65_HS1-834228961_62-HQ-83894_Section_8
Agency: FBI
Page 205
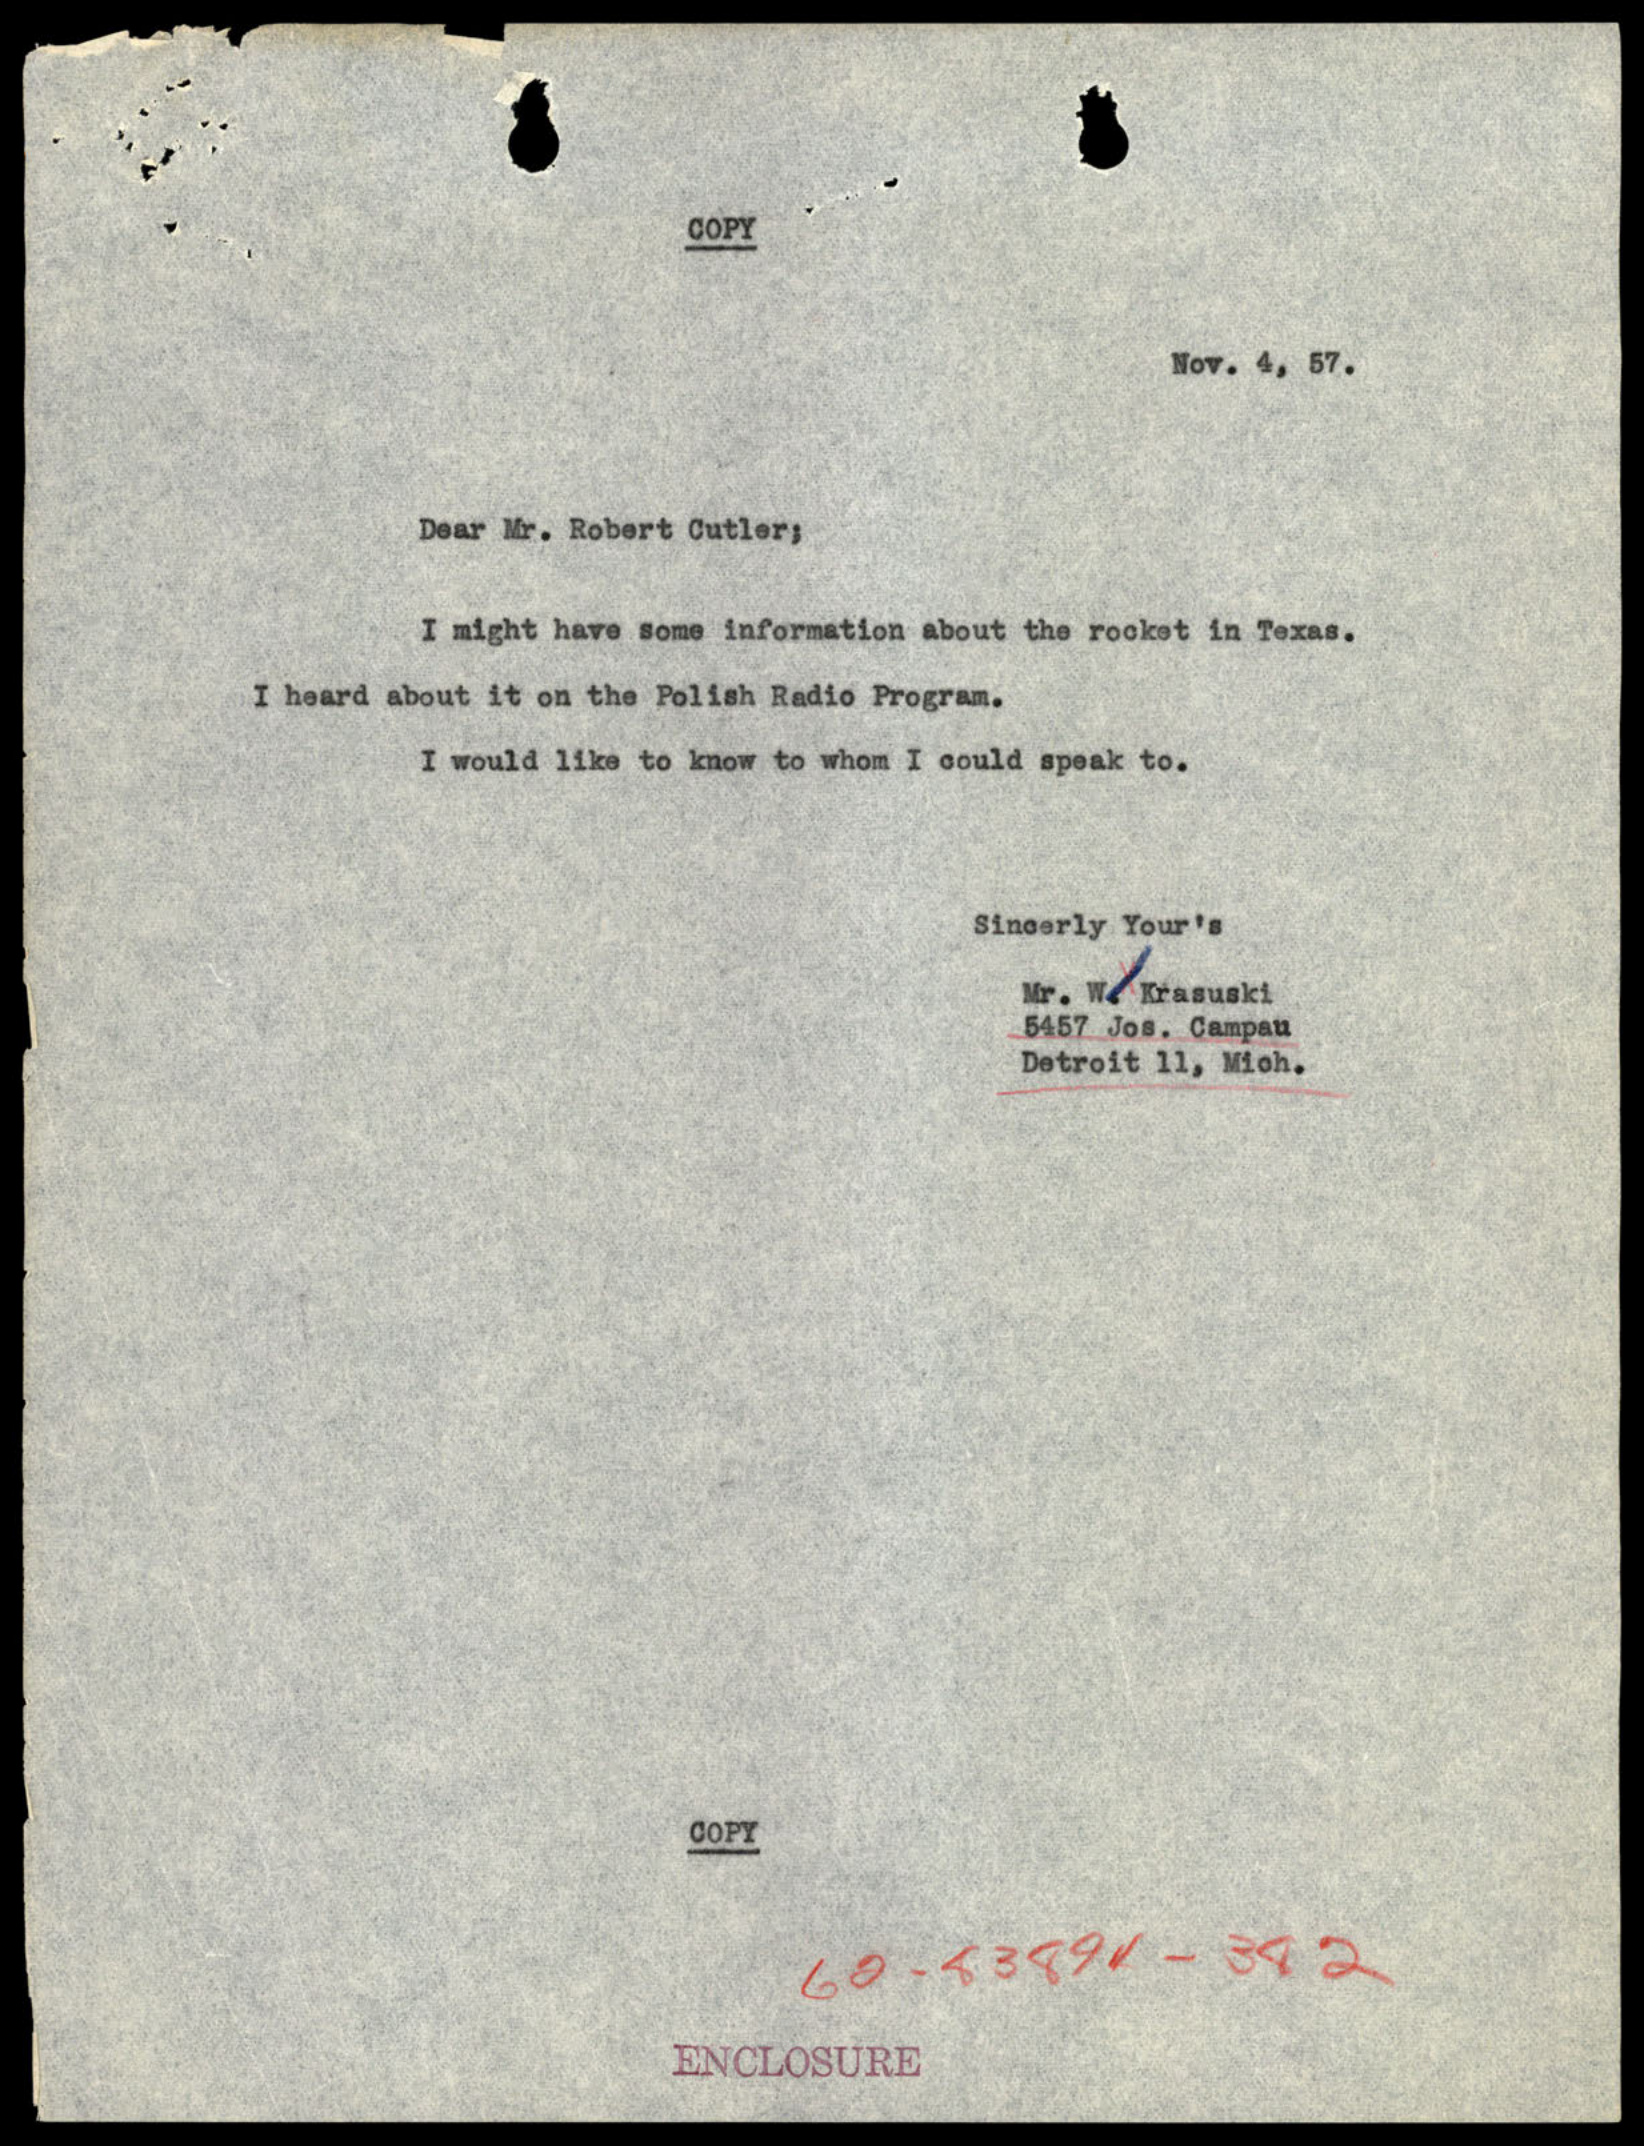